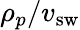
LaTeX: \rho_{p}/v_{\textrm{sw}}